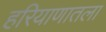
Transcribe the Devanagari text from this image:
हरियाणातला